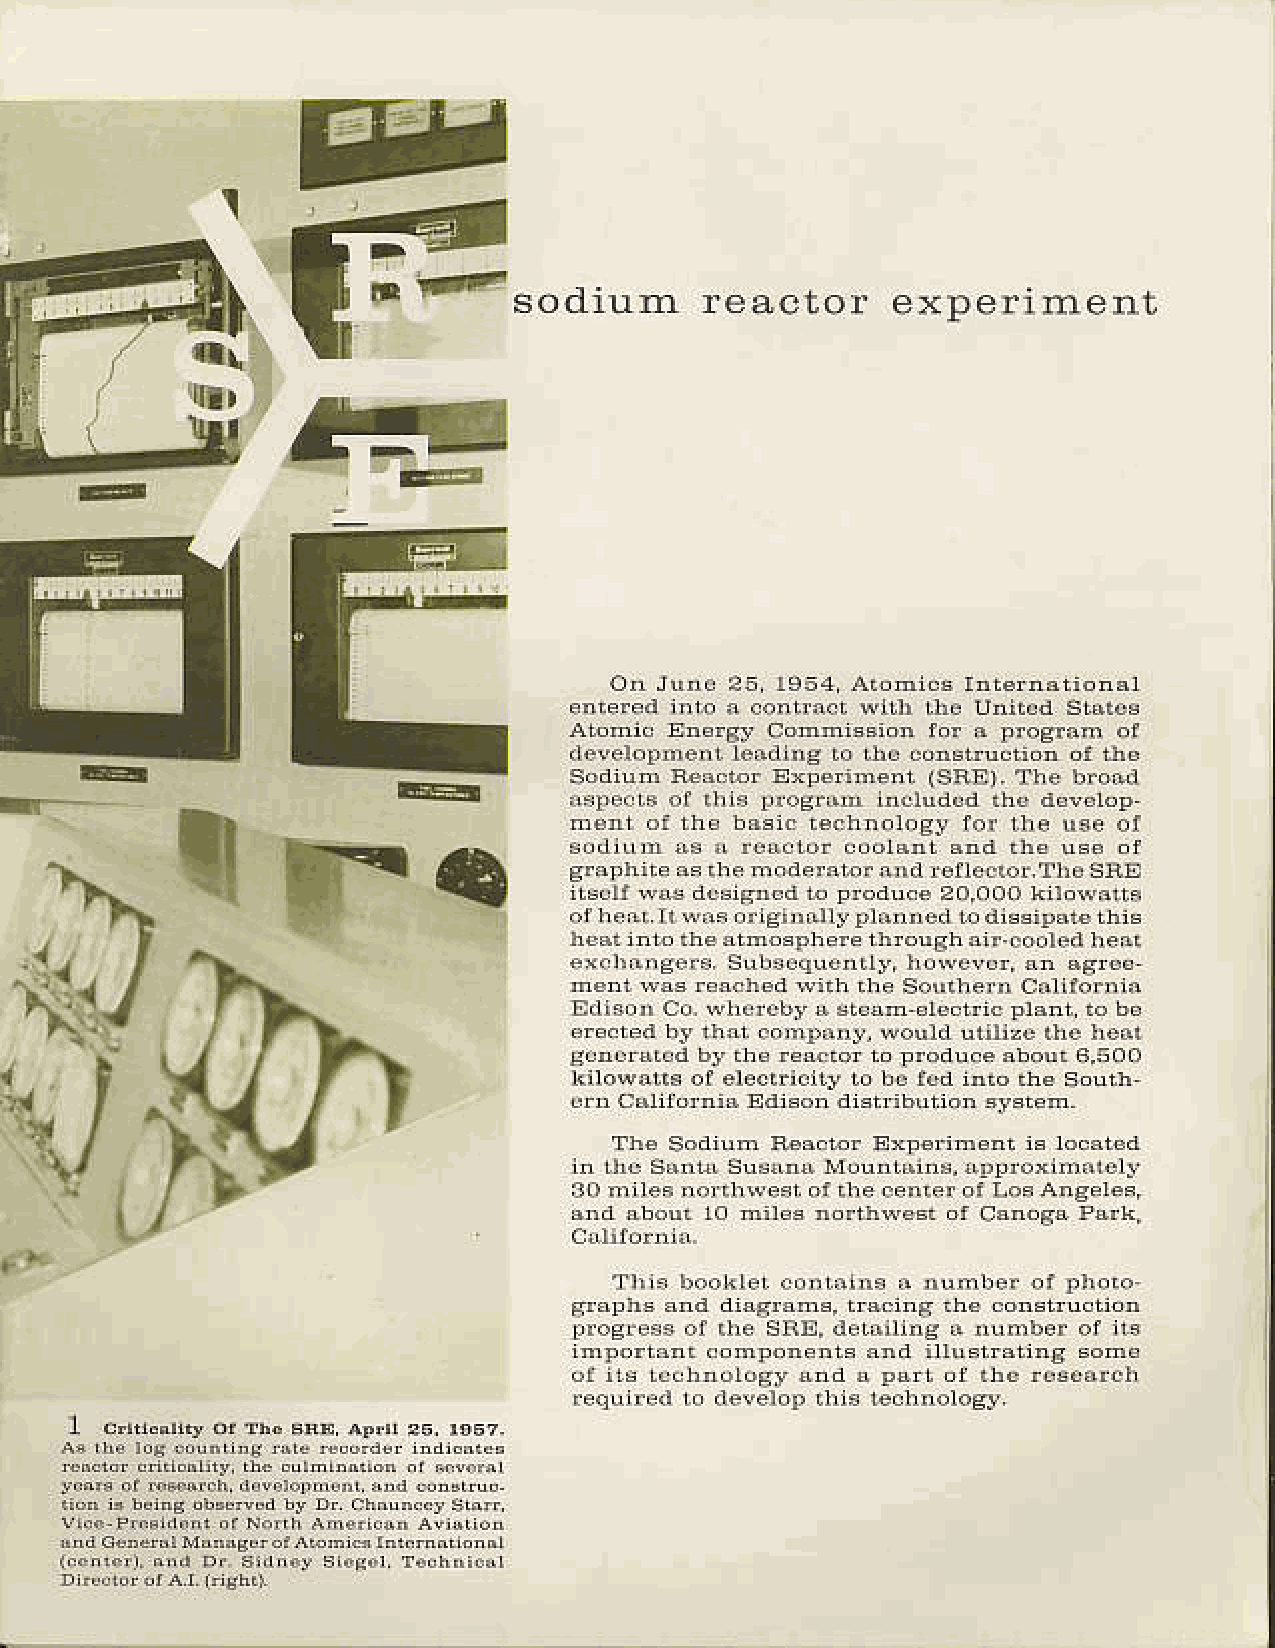
\
 sodium       reactor
 Q        r     e
 \
 ir./
 :  r   l
 t